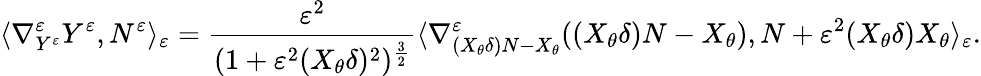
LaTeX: \langle\nabla_{Y^{\varepsilon}}^{\varepsilon}Y^{\varepsilon},N^{\varepsilon}\rangle_{\varepsilon}=\frac{\varepsilon^{2}}{(1+\varepsilon^{2}(X_{\theta}\delta)^{2})^{\frac{3}{2}}}\langle\nabla_{(X_{\theta}\delta)N-X_{\theta}}^{\varepsilon}((X_{\theta}\delta)N-X_{\theta}),N+\varepsilon^{2}(X_{\theta}\delta)X_{\theta}\rangle_{\varepsilon}.